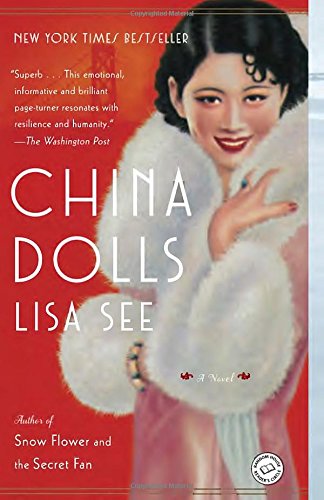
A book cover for China Dolls: A Novel; Lisa See; Literature & Fiction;